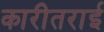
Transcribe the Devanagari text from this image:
कारीतराई